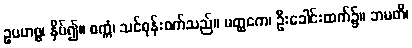
ဥပဟစ္စ၊ နှိပ်၍။ စက္ကံ၊ သင်ဓုန်းစက်သည်။ မတ္ထကေ၊ ဦးခေါင်းထက်၌။ ဘမတိ၊